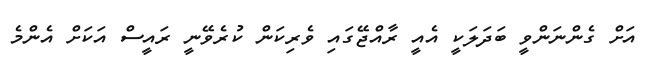
އަށް ގެންނަންވީ ބަދަލަކީ އެއީ ރާއްޖޭގައި ވެރިކަން ކުރެވޭނީ ރައީސް އަކަށް އެންމެ